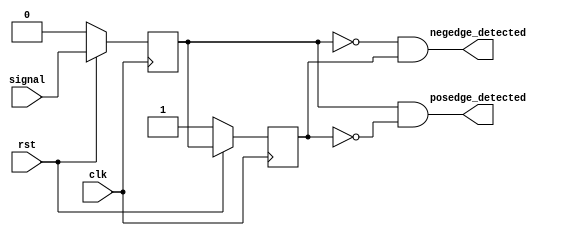
module edge_dectector(
							input clk,
							input signal,
							input rst,
							
							output posedge_detected,
							output negedge_detected
							);
							
							reg signal_r0 =0,signal_r1= 0;
							always@(posedge clk)
										if (~rst) begin
													 signal_r0 <= 1'b0;
													 signal_r1 <= 1'b1;
													 end
													 else begin
															signal_r0 <= signal;
															signal_r1 <= signal_r0;
															end
							assign posedge_detected = (signal_r0 & ~signal_r1);
							assign negedge_detected = (~signal_r0 & signal_r1);
endmodule